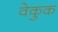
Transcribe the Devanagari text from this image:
वेकुक